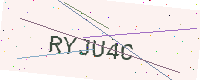
Text: RYJU4C